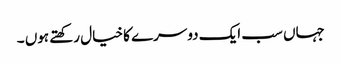
جہاں سب ایک دوسرے کا خیال رکھتے ہوں ۔